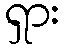
ရှား